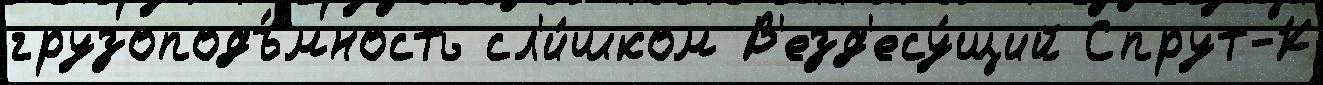
грузоподъ́мность сл'и́шком В'езд'есу́щий Спрут-К